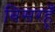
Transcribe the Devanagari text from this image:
बिसरहूँ